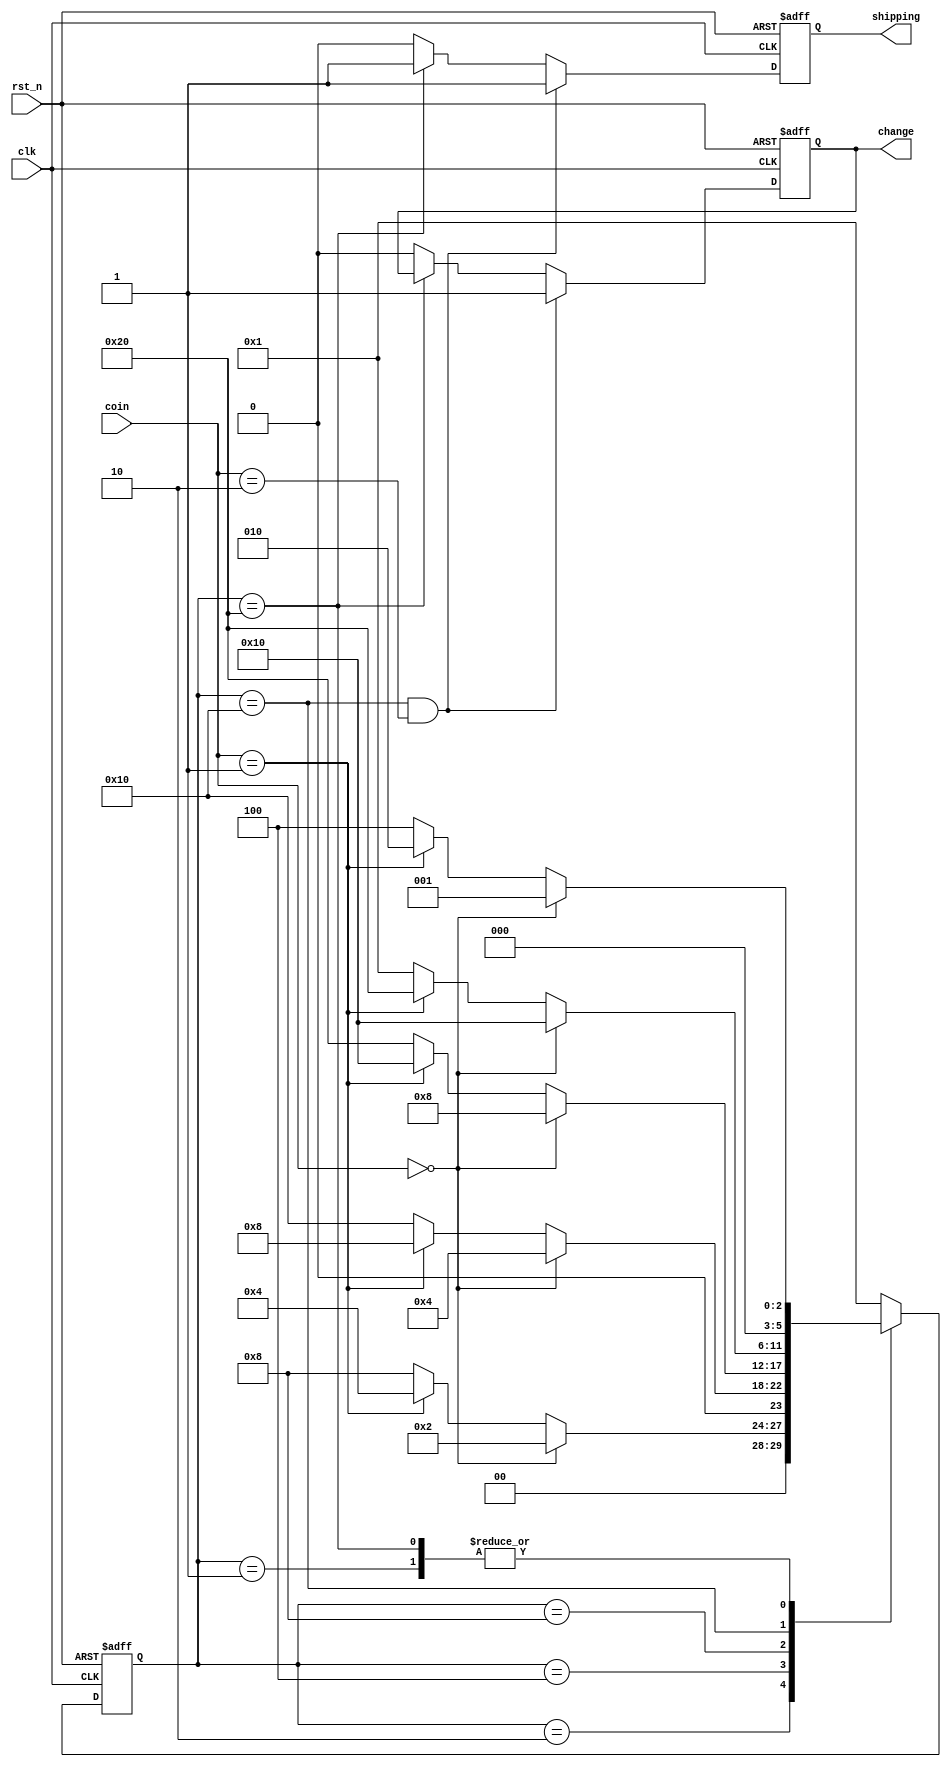
// This is a simple example.
// You can make a your own header file and set its path to settings.
// (Preferences > Package Settings > Verilog Gadget > Settings - User)
//
//		"header": "Packages/Verilog Gadget/template/verilog_header.v"
//
// -----------------------------------------------------------------------------
// Copyright (c) 2014-2023 All rights reserved
// -----------------------------------------------------------------------------
// Create : 2023-07-18 16:01:14
// Revise : 2023-07-18 16:01:14
// Editor : sublime text4, tab size (4)
// Descri : 
// -----------------------------------------------------------------------------

module V_M (
	input clk,
	input rst_n,
	input [1:0] coin,
	output reg change,	//0.5
	output reg shipping	//
);

	parameter IDLE = 6'b000_001;
	parameter S0 = 6'b000_010;
	parameter S1 = 6'b000_100;
	parameter S2 = 6'b001_000;
	parameter S3 = 6'b010_000;
	parameter S4 = 6'b100_000;

	reg [5:0] cur_state;
	reg [5:0] next_state;

	/**/
	always @(posedge clk or negedge rst_n) begin
		if(~rst_n) begin
			cur_state <= IDLE;
		end else begin
			cur_state <= next_state;
		end
	end

	/**/
	always @(*) begin
		case(cur_state)
			IDLE : begin
				// if(!coin) begin
				// 	next_state = IDLE;
				// end else if(coin == 2'd1) begin
				// 	next_state = S0;
				// end else begin
				// 	next_state = S1;
				// end

				next_state = (!coin) ? IDLE :
				 (coin == 2'd1) ? S0 : S1;
			end

			S0 : next_state = (!coin) ? S0 :
				 (coin == 2'd1) ? S1 : S2;
			S1 : next_state = (!coin) ? S1 :
				 (coin == 2'd1) ? S2 : S3;
			S2 : next_state = (!coin) ? S2 :
				 (coin == 2'd1) ? S3 : S4;
			S3 : next_state = (!coin) ? S3 :
				 (coin == 2'd1) ? S4 : IDLE;
			S4 : next_state = (!coin) ? IDLE :
				 (coin == 2'd1) ? S0 : S1;
			default : next_state = IDLE;
		endcase
	end

	/**/
	always @(posedge clk or negedge rst_n) begin
		if(~rst_n) begin
			change <= 1'd0;
			shipping <= 1'd0;
		end else if(cur_state == S3 && coin == 2'b10) begin
			change <= 1'd1;
			shipping <= 1'd1;
		end else if(cur_state == S4) begin
			shipping <= 1'd1;
		end else begin
			change <= 1'd0;
			shipping <= 1'd0;
		end
	end

endmodule